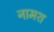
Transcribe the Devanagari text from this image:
नामश